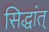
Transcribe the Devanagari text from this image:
सिद्धांत्‌